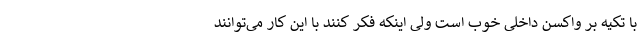
با تکیه بر واکسن داخلی خوب است ولی اینکه فکر کنند با این کار می‌توانند